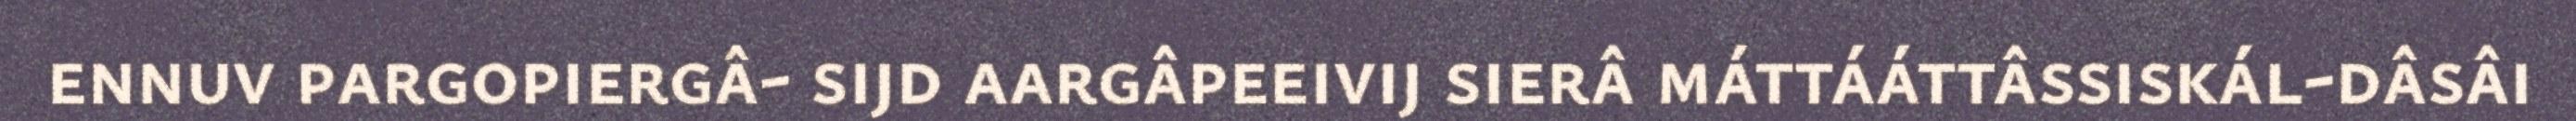
ennuv pargopiergâ- sijd aargâpeeivij sierâ máttááttâssiskál-dâsâi